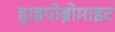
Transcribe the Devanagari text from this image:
हाइपोब्रोमाइट